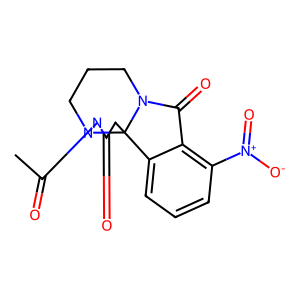
SMILES: CC(=O)N1C(=O)CC23c4cccc([N+](=O)[O-])c4C(=O)N2CCCN13
Inhibits HIV replication: No